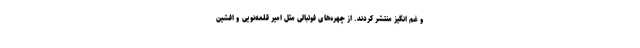
و غم انگیز منتشر کردند. از چهره‌های فوتبالی مثل امیر قلعه‌نویی و افشین